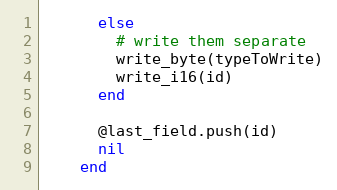
Language: Ruby
      else
        # write them separate
        write_byte(typeToWrite)
        write_i16(id)
      end

      @last_field.push(id)
      nil
    end